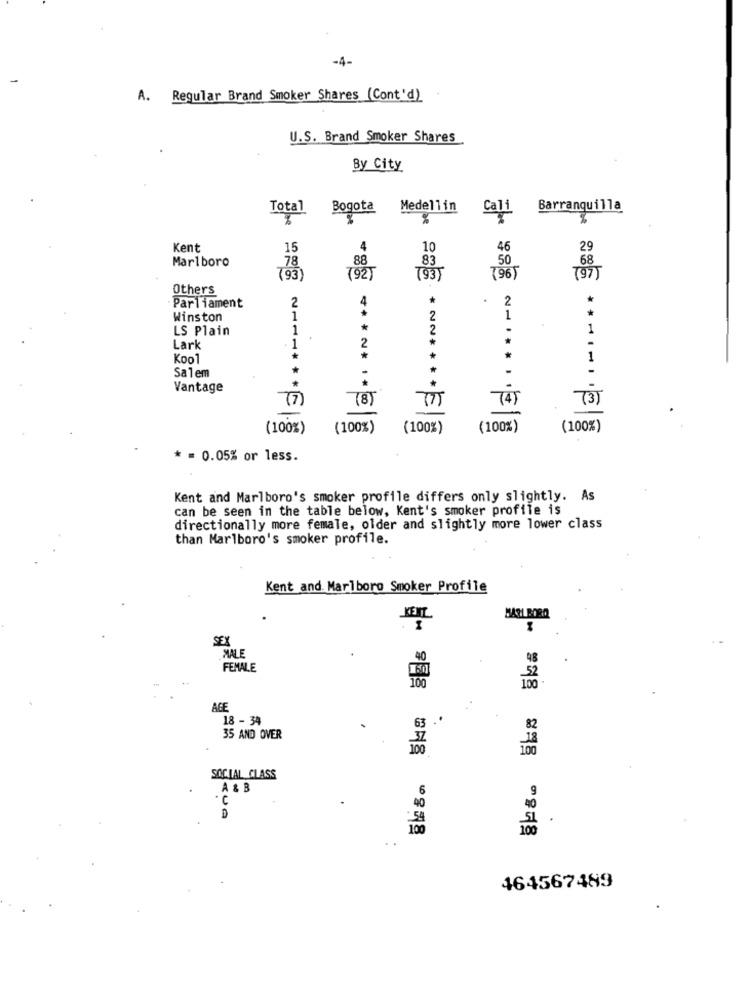
-4-
A. Regular Brand Smoker Shares (Cont'd)
U.S. Brand Smoker Shares
By City
Total
Bogota
Medellin
Cali
Barranquilla
%
Kent
15
4
10
46
29
Marlboro
78
88
83
50
68
(93)
(92)
793
796
(97)
Others
2
4
.
2
*
Parliament
Winston
1
2
1
LS Plain
1
*
1
Lark
1
Kool
1
Salem
*
Vantage
(7)
7 4)
(3 )
(100%)
(100%)
*** ** * * |
(100%)
* NN **** E|8
(100%)
(100%)
* = 0.05% or less.
Kent and Marlboro's smoker profile differs only slightly. As
can be seen in the table below, Kent's smoker profile is
directionally more female, older and slightly more lower class
than Marlboro's smoker profile.
Kent and Marlboro Smoker Profile
MARI BORQ
SEX
MALE
98
FEMALE
100
ACE
18 - 34
63
82
35 AND OVER
100
SOCIAL CLASS
A & B
6
9
. C
40
40
D
0878
464567489